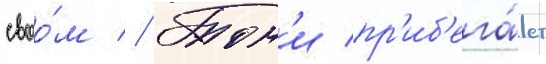
своо́м // Тон'и пр'иб'ега́ет